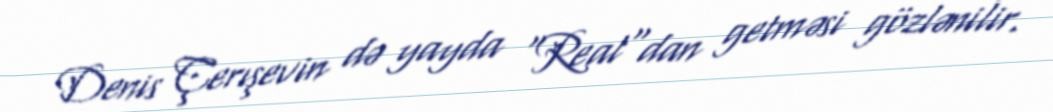
Denis Çerışevin də yayda "Real"dan getməsi gözlənilir.